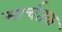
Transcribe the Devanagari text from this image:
मार्चतक